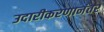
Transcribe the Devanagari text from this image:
उदारीकरणानंतर